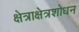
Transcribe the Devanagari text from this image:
क्षेत्राक्षेत्रशोधन